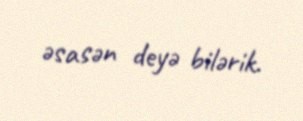
əsasən deyə bilərik.